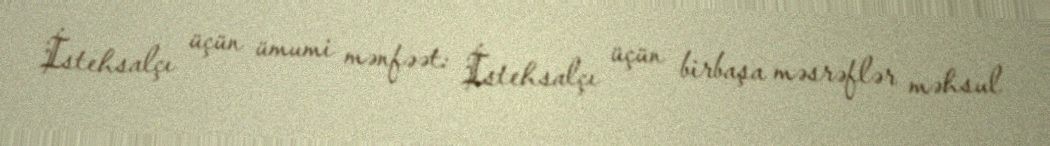
İstehsalçı üçün ümumi mənfəət: İstehsalçı üçün birbaşa məsrəflər məhsul